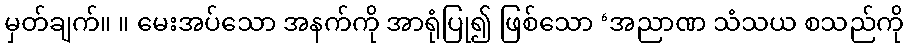
မှတ်ချက်။ ။ မေးအပ်သော အနက်ကို အာရုံပြု၍ ဖြစ်သော ‘အညာဏ သံသယ စသည်ကို